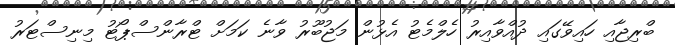
ބްރިޖާއި ހައިވޭގައި ދުއްވާއިރު ހެލްމެޓު އެޅުން މަޖުބޫރު ވާނެ ކަމަށް ޓްރާންސްޕޯޓު މިނިސްޓަރު